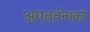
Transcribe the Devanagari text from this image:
अपवर्तनांकों